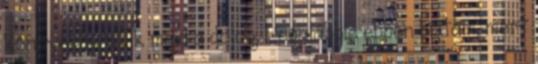
könnyebbé válik majd a dolog. Legalábbis ebben bíztam, mert